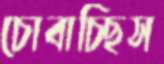
চোবাচ্ছিস